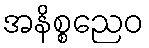
အနိစ္စညေဝ